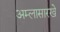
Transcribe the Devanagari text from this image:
अम्लासारखे